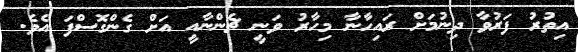
އިތުރު ފަރުވާ ދިނުމަށް ރައިހާނާ މިހާރު ވަނީ ޗެންނާއީ އަށް ގެންގޮސްފަ އެވެ.